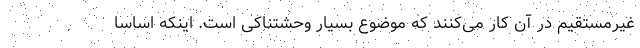
غیرمستقیم در آن کار می‌کنند که موضوع بسیار وحشتناکی است. اینکه اساسا